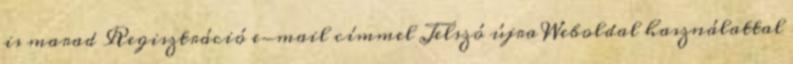
is marad Regisztráció e-mail címmel Jelszó újra Weboldal használattal